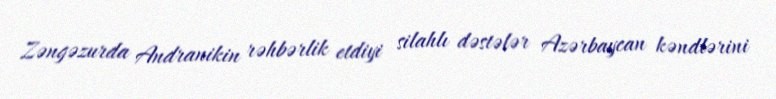
Zəngəzurda Andranikin rəhbərlik etdiyi silahlı dəstələr Azərbaycan kəndlərini